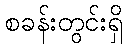
စခန်းတွင်းရှိ